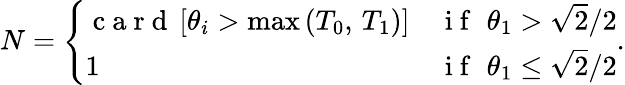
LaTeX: N=\left\{ \begin{array}{ll}{\mathrm{~c~a~r~d~}\left[\theta_{i}>\operatorname*{max}\left(T_{0},\, T_{1}\right)\right]}&{\mathrm{~i~f~}\, \, \theta_{1}>\sqrt{2}/2}\\ {1}&{\mathrm{~i~f~}\, \, \theta_{1}\le\sqrt{2}/2}\end{array}\right..